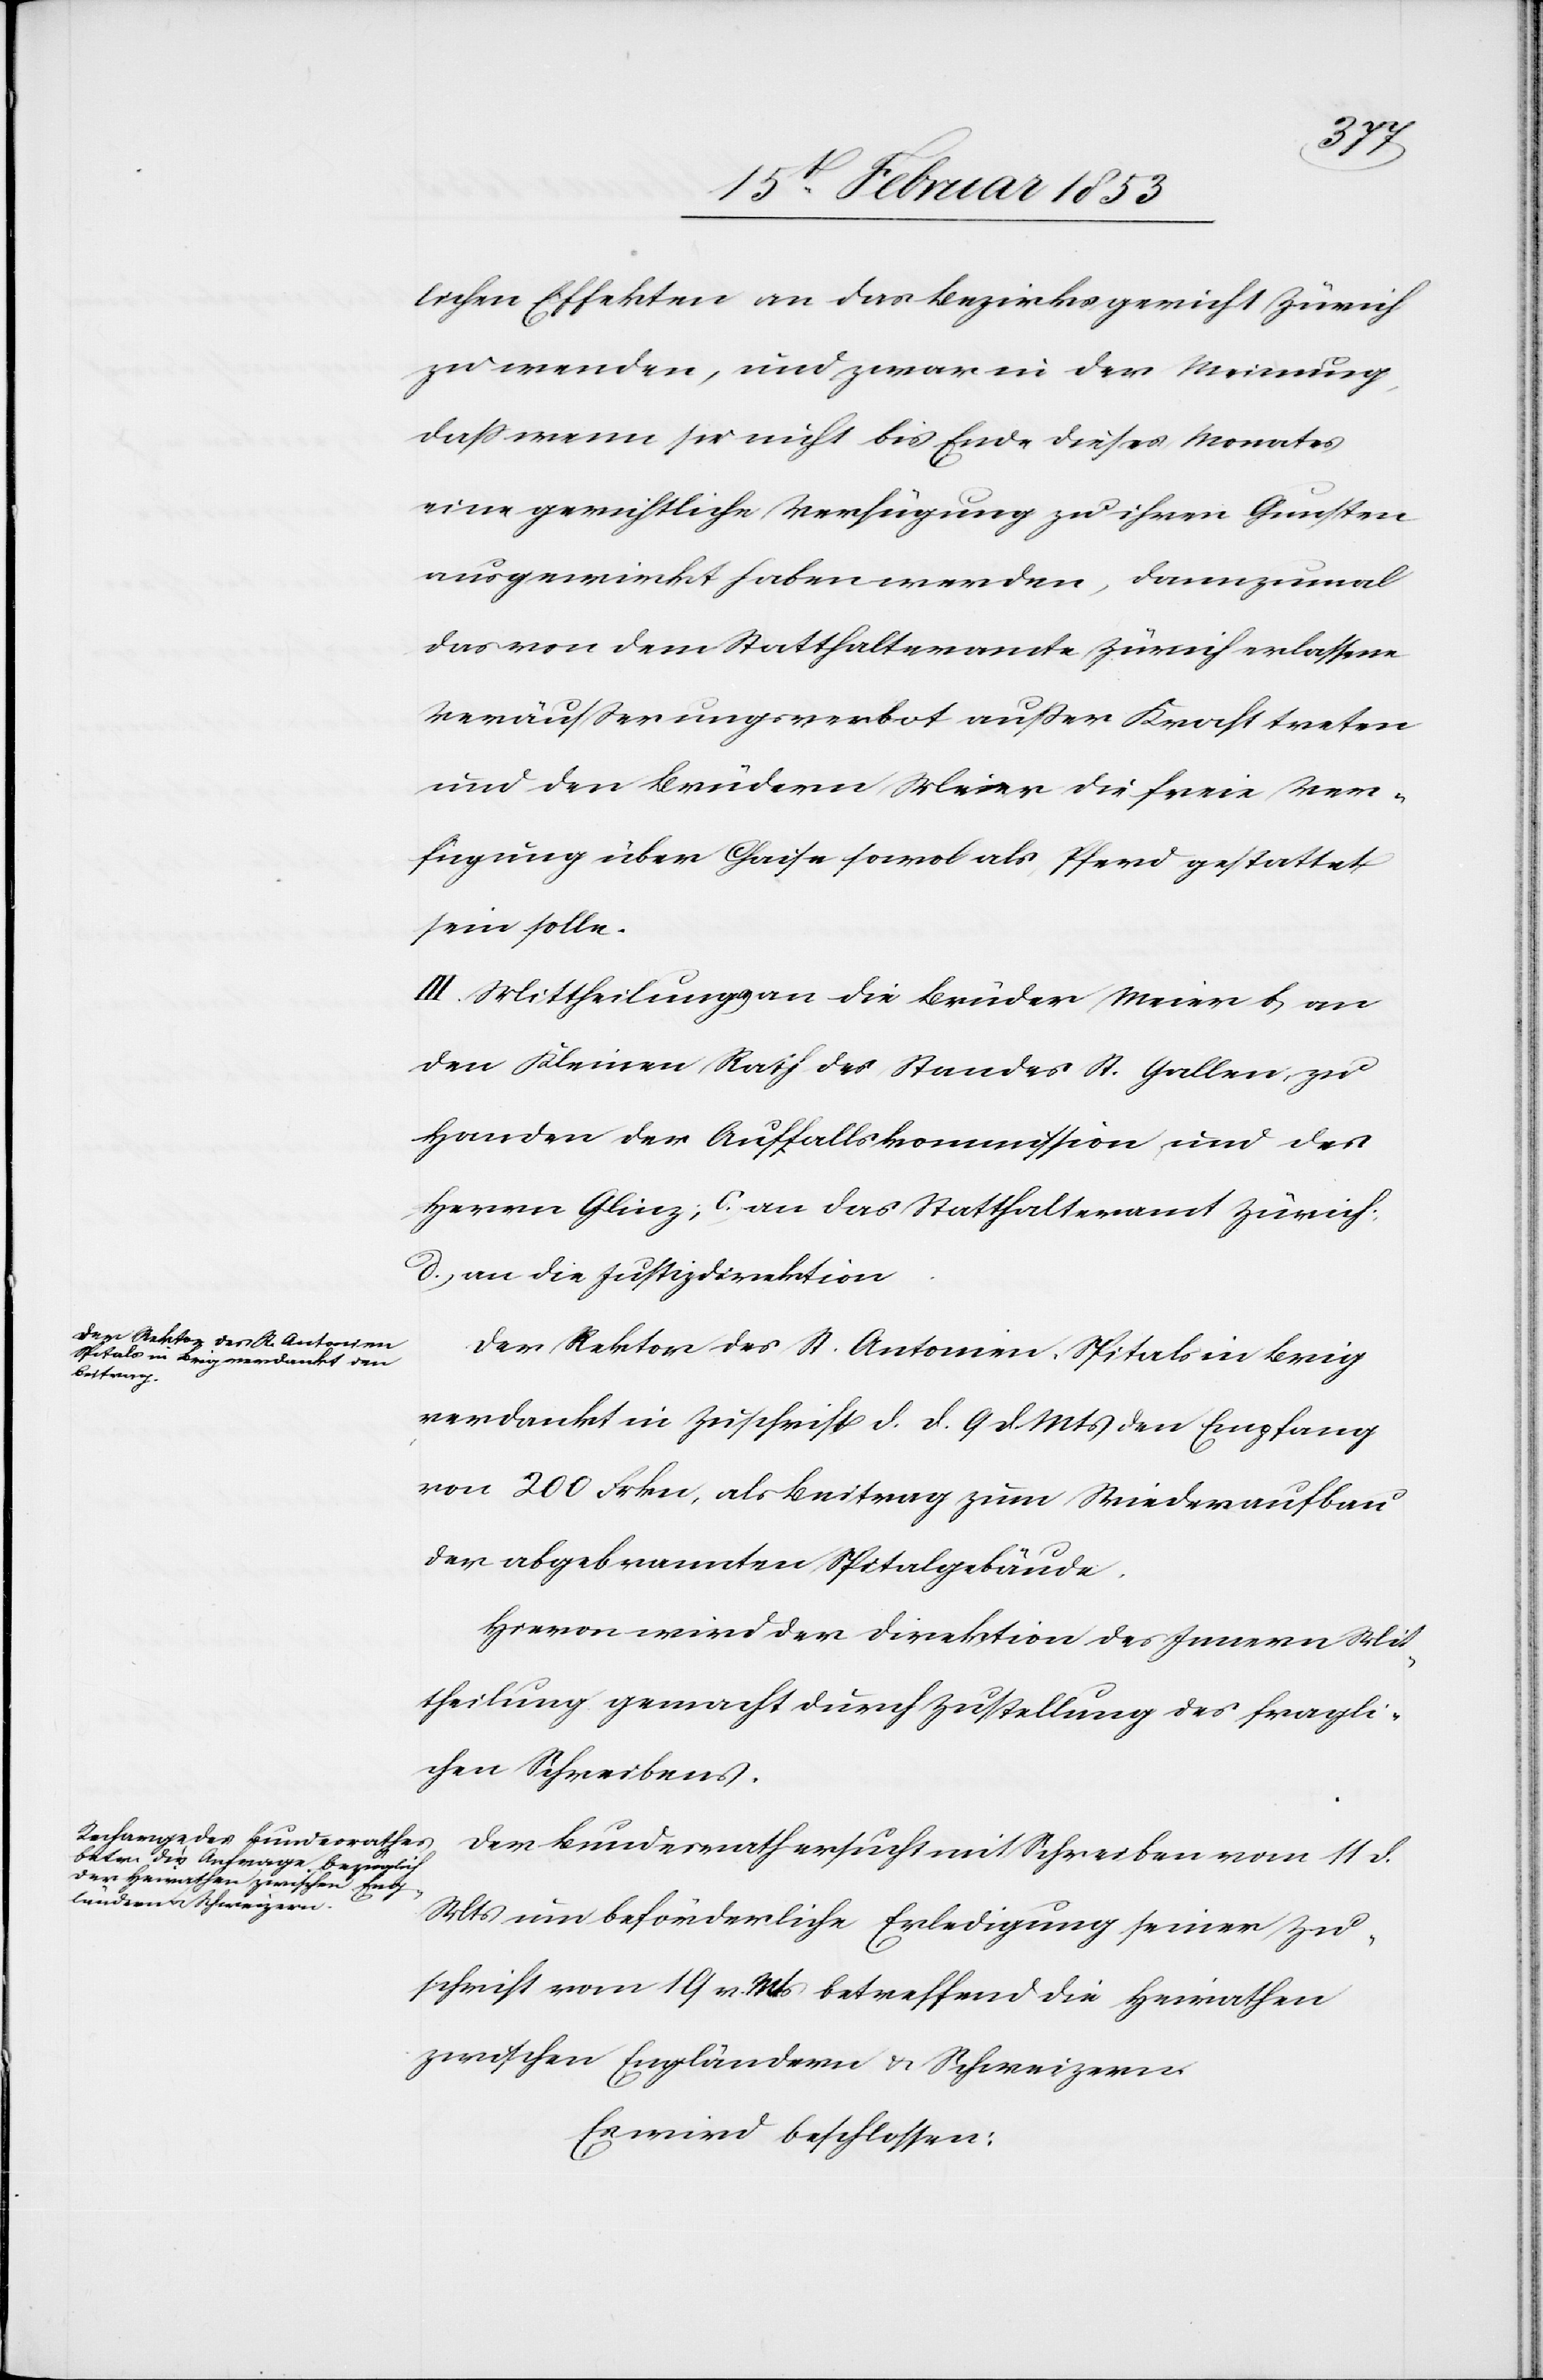
lichen Effekten an das Bezirksgericht Zürich
zu wenden, und zwar in der Meinung,
daß wenn sie nicht bis Ende dieses Monates
eine gerichtliche Verfügung zu ihren Gunsten
ausgewirkt haben werden, dannzumal
das von dem Statthalteramte Zürich erlassene
Veräußerungsverbot außer Kraft treten
und den Brüdern Meier die freie Ver¬
fügung über Chaise sowol [sic!] als Pferd gestattet
sein solle.
III. Mittheilung a, an die Brüder Meier b, an
den Kleinen Rath des Standes St. Gallen, zu
Handen der Auffallskommission und des
Herrn Glinz, c, an das Statthalteramt Zürich,
d, an die Justizdirektion.
Der Rektor des S. Antonien-Spitals in Brig
verdankt in Zuschrift d. d. 9 d. Mts. den Empfang
von 200 Frkn, als Beitrag zum Wiederaufbau
der abgebrannten Spitalgebäude.
Hievon wird der Direktion des Innern Mit¬
theilung gemacht durch Zustellung des fragli¬
chen Schreibens.
Der Bundesrath ersucht mit Schreiben vom 11 d.
Mts. um beförderliche Erledigung seiner Zu¬
schrift vom 19 d. Mts. betreffend die Heirathen
zwischen Engländern u. Schweizern
Es wird beschlossen: